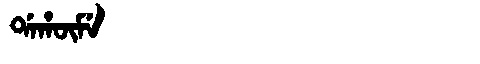
Manchu: ᡩᠠᡥᡡᠮᡝ
Romanization: DAHŪME